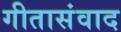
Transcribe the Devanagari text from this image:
गीतासंवाद